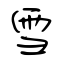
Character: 雪